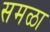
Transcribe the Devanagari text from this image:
समळा